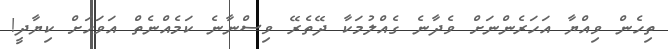
ތިހެން ވިއްޔާ އަހަރެންނަށް ވެދާނެ ގެއްލުމަކާ ދޭތެރޭ ވިސްނާނެ ކަމެއްނެތް އަވަހަށް ކިޔާދީ!